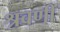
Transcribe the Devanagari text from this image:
श्रवणीं